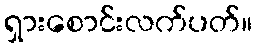
ရှားစောင်းလက်ပတ်။